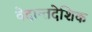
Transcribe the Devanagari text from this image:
वेदान्तदेशिक